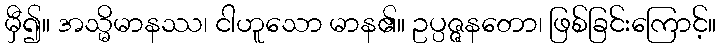
မှီ၍။ အသ္မိမာနဿ၊ ငါဟူသော မာန၏။ ဥပ္ပဇ္ဇနတော၊ ဖြစ်ခြင်းကြောင့်။